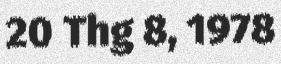
20 Thg 8, 1978